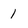
Character: 1